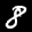
Label: 8